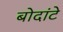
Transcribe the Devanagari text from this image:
बोदांटे